Indian journal of veterinary science and animal husbandry - Volume 3,
Year: 1933
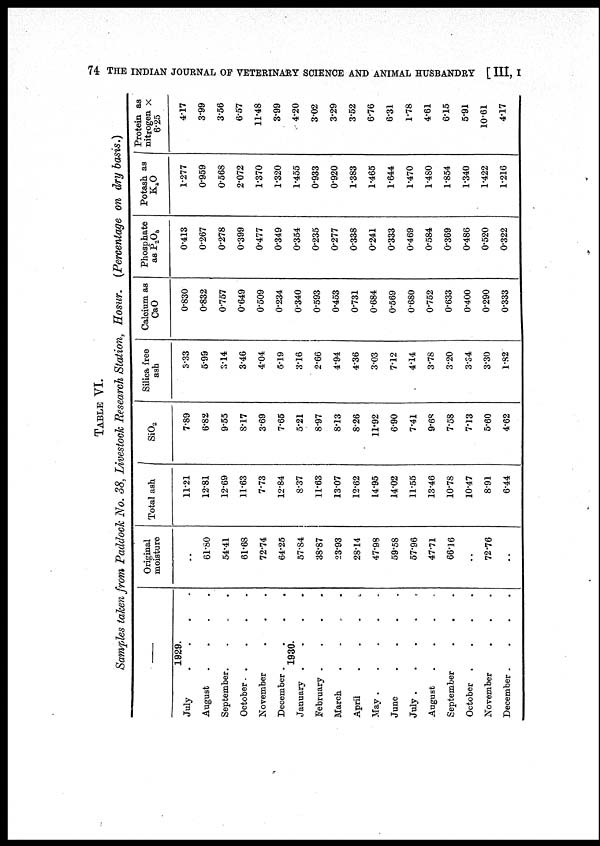
74 THE INDIAN JOURNAL OP VETERINARY SCIENCE AND ANIMAL HUSBANDRY [ III, I
TABLE VI.
Samples taken from Paddock No. 38, Livestock Research Station, Hosur. (Percentage on dry basis.)
—
1929.
July . . . .
August . . . .
September . . . .
October . . . .
November . . .
December . . . .
1930.
January . . . .
February . . . .
March . . . .
April . . . .
May . . . . .
June . . . .
July . . . . .
August . . . . .
September . . .
October . . .
November . . .
December . . . .
Original
moisture
..
61.80
54.41
61.68
72.74
64.25
57.84
38.87
23.93
28.14
47.98
59.58
57.96
47.71
66.16
..
72.76
..
Total ash
11.21
12.81
12.69
11.63
7.73
12.84
8.37
11.63
13.07
12.62
14.95
14.02
11.55
13.46
10.78
10.47
8.91
6.44
SiO 2
7.89
6.82
9.55
8.17
3.69
7.65
5.21
8.97
8.13
8.26
11.92
6.90
7.41
9.68
7.58
7.13
5.60
4.62
Silica free
ash
3.33
5.99
3.14
3.46
4.04
5.19
3.16
2.66
4.94
4.36
3.03
7.12
4.14
3.78
3.20
3.34
3.30
1.82
Calcium as
CaO
0.830
0.832
0.757
0.649
0.509
0.234
0.340
0.593
0.453
0.731
0.684
0.569
0.680
0.752
0.633
0.400
0.290
0.333
Phosphate
as P 2 O 5
0.413
0.267
0.278
0.399
0.477
0.349
0.354
0.235
0.277
0.338
0.241
0.333
0.469
0.584
0.369
0.486
0.520
0.322
Potash as
K 2 O
1.277
0.959
0.568
2.072
1.370
1.320
1.455
0.933
0.920
1.383
1.465
1.644
1.470
1.480
1.854
1.340
1.422
1.216
Protein as
nitrogen ×
6.25
4.17
3.99
3.56
6.57
11.48
3.99
4.20
3.02
3.29
3.52
6.76
6.31
1.78
4.61
6.15
5.91
10.61
4.17